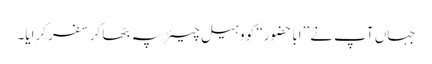
جہاں آپ نے ’’ابا حضور‘‘ کو وہیل چیئر پہ بٹھا کر سفر کرایا۔